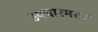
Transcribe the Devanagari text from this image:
उपचारमात्र